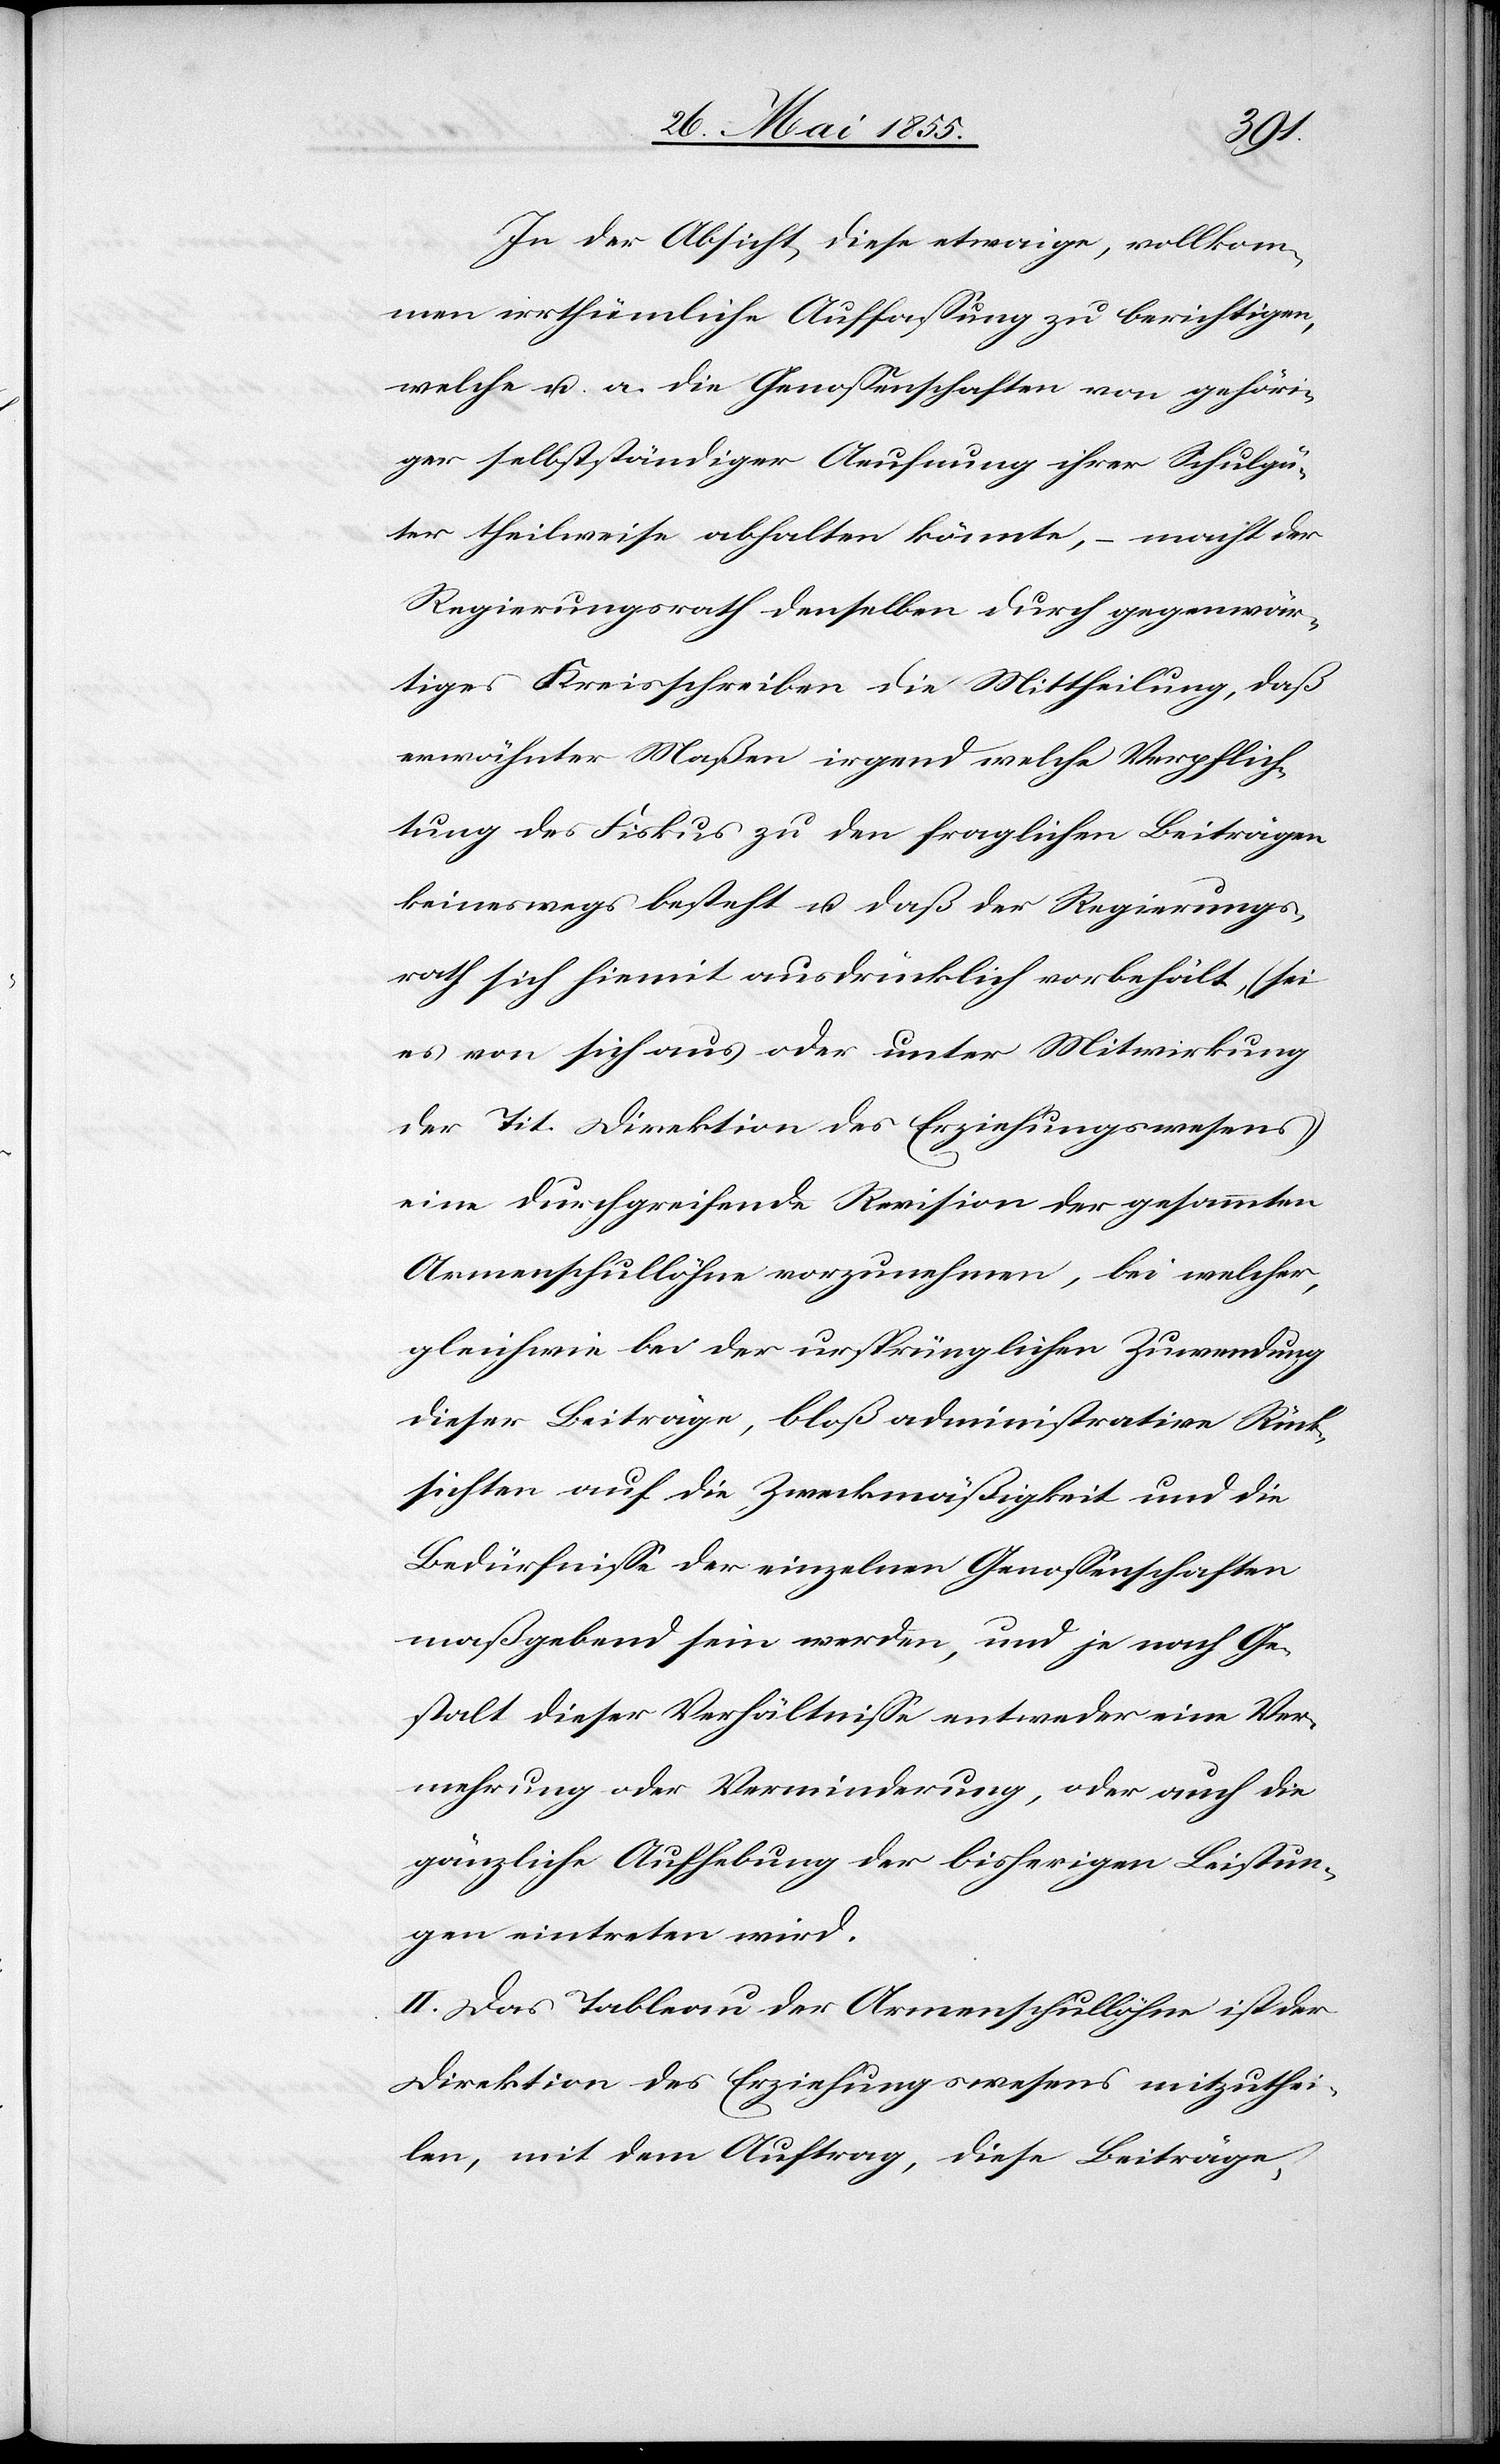
In der Absicht, diese etwaige, vollkom¬
men irrthümliche Auffassung zu berichtigen,
welche u. a. die Genossenschaften von gehöri¬
ger selbstständiger Aeufnung ihrer Schulgü¬
ter theilweise abhalten könnte, – macht der
Regierungsrath denselben durch gegenwär¬
tiges Kreisschreiben die Mittheilung, daß
erwähnter Maßen irgend welche Verpflich¬
tung des Fiskus zu den fraglichen Beiträgen
keineswegs besteht u. daß der Regierungs¬
rath sich hiemit ausdrücklich vorbehält, (sei
es von sich aus oder unter Mitwirkung
der Tit. Direktion des Erziehungswesens)
eine durchgreifende Revision der gesammten
Armenschullöhne vorzunehmen, bei welcher,
gleichwie bei der ursprünglichen Zuwendung
dieser Beiträge, bloß administrative Rück¬
sichten auf die Zweckmäßigkeit und die
Bedürfnisse der einzelnen Genossenschaften
maßgebend sein werden, und je nach Ge¬
stalt dieser Verhältnisse entweder eine Ver¬
mehrung oder Verminderung, oder auch die
gänzliche Aufhebung der bisherigen Leistun¬
gen eintreten wird.
II. Das Tableau der Armenschullöhne ist der
Direktion des Erziehungswesens mitzuthei¬
len, mit dem Auftrag, diese Beiträge,